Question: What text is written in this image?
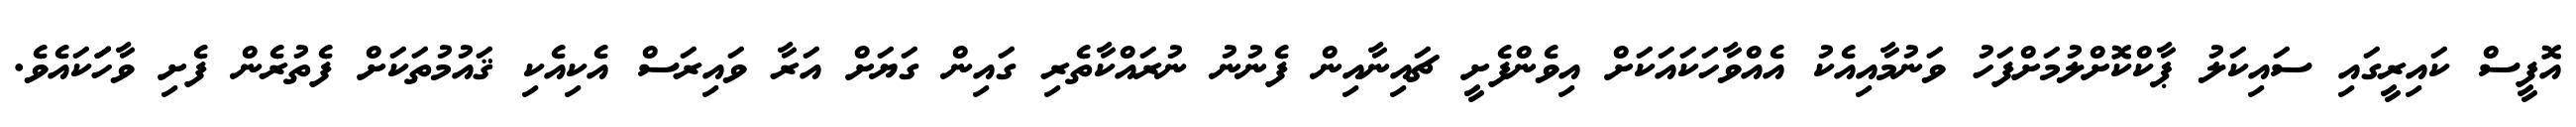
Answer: އޮފީސް ކައިރީގައި ސައިކަލު ޕާކްކޮށްލުމަށްފަހު ވަނުމާއިއެކު އެއްވާހަކައަކަށް އިވެންފެށީ ޗައިނާއިން ފެނުނު ނުރައްކާތެރި ގައިން ގަޔަށް އަރާ ވައިރަސް އެކިއެކި ޤައުމުތަކަށް ފެތުރެން ފެށި ވާހަަަކައެވެ.